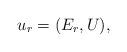
LaTeX: \begin{align*} u_r= (E_r, U),\end{align*}